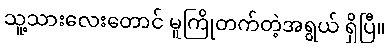
သူ့သားလေးတောင် မူကြိုတက်တဲ့အရွယ် ရှိပြီ။